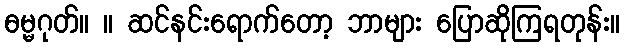
ဓမ္မဂုတ်။ ။ ဆင်နင်းရောက်တော့ ဘာများ ပြောဆိုကြရတုန်း။